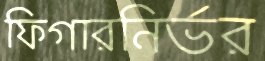
ফিগারনির্ভর